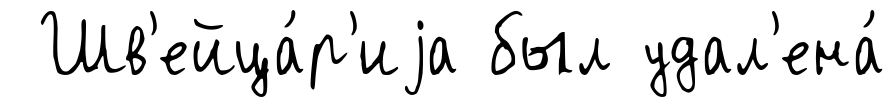
Шв'ейца́р'иjа был удал'ена́